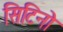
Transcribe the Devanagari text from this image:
सिटिनो